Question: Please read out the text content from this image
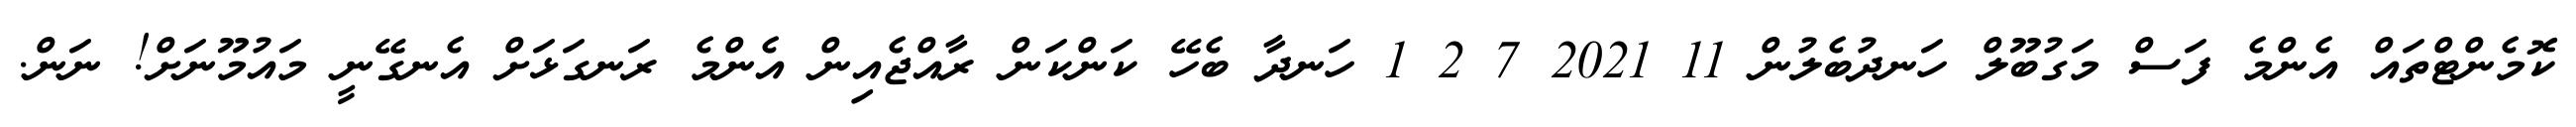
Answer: ކޮމެންޓްތައް އެންމެ ފަސް މަގުބޫލް ހަނދުބެލުން 11 2021 7 2 1 ހަނދާ ބެހޭ ކަންކަން ރާއްޖެއިން އެންމެ ރަނގަޅަށް އެނގޭނީ މައުމޫނަށް! ނަން.